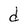
Character: d